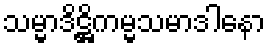
သမ္မာဒိဋ္ဌိကမ္မသမာဒါနော